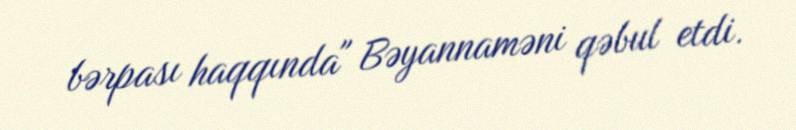
bərpası haqqında" Bəyannaməni qəbul etdi.